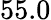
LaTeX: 55.0